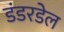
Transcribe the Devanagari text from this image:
डंडरडेल